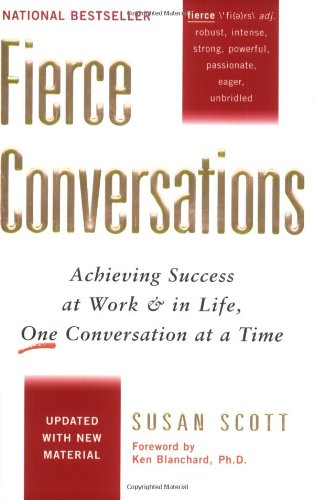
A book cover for Fierce Conversations: Achieving Success at Work and in Life One Conversation at a Time; Susan Scott; Self-Help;